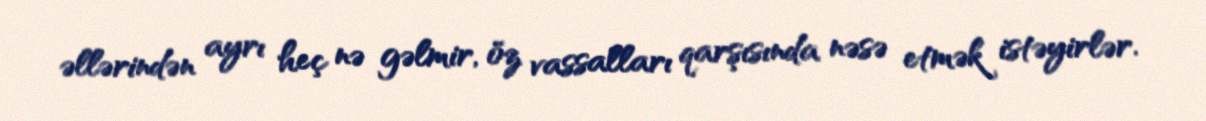
əllərindən ayrı heç nə gəlmir, öz vassalları qarşısında nəsə etmək istəyirlər.